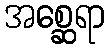
အစ္ဆေရာ